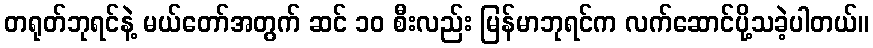
တရုတ်ဘုရင်နဲ့ မယ်တော်အတွက် ဆင် ၁၀ စီးလည်း မြန်မာဘုရင်က လက်ဆောင်ပို့သခဲ့ပါတယ်။